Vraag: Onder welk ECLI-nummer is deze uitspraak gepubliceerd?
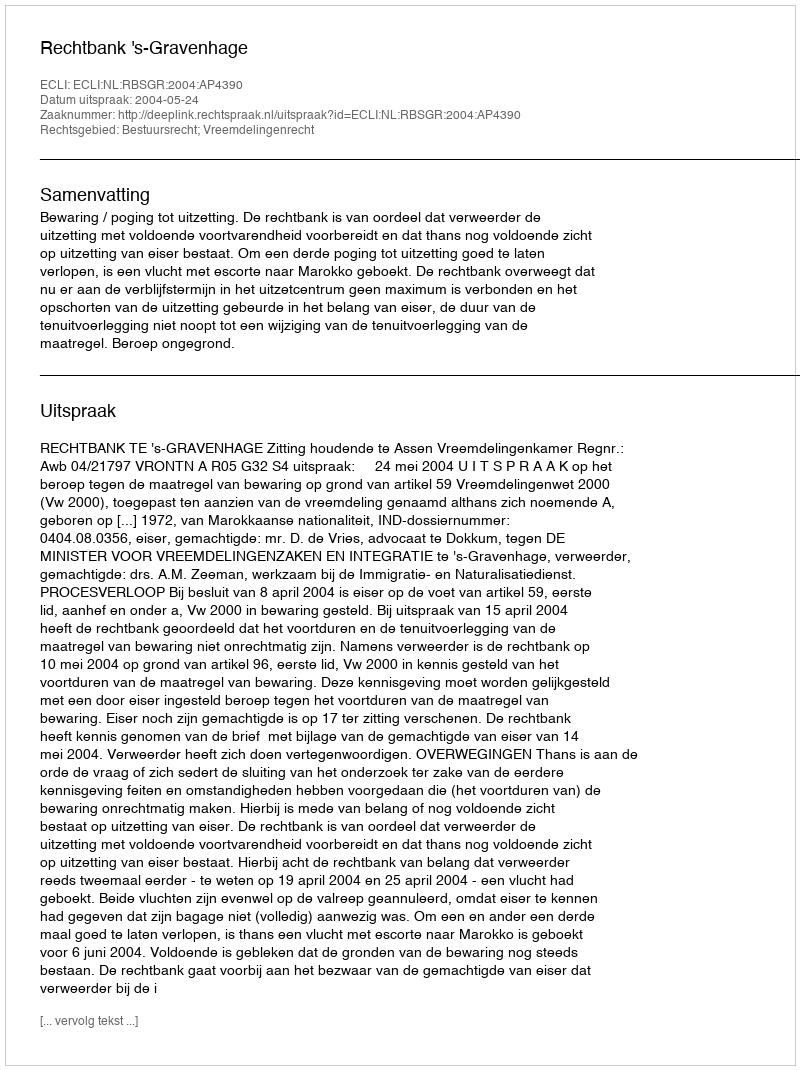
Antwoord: ECLI:NL:RBSGR:2004:AP4390